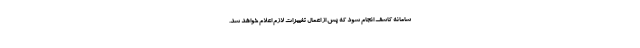
سامانه کاشف انجام شود که پس از اعمال تغییرات لازم اعلام خواهد شد.